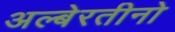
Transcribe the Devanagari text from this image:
अल्बेरतीनो